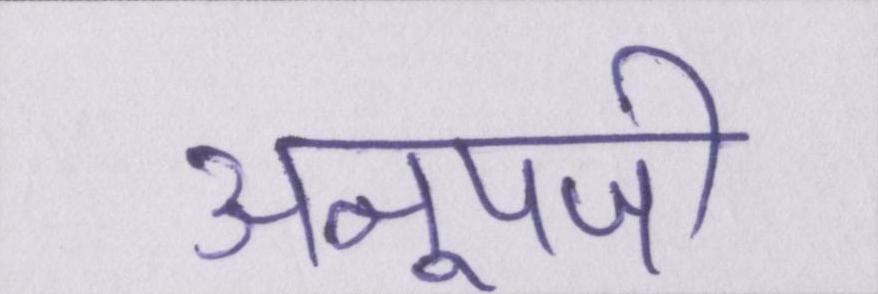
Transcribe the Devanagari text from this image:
अनूपजी